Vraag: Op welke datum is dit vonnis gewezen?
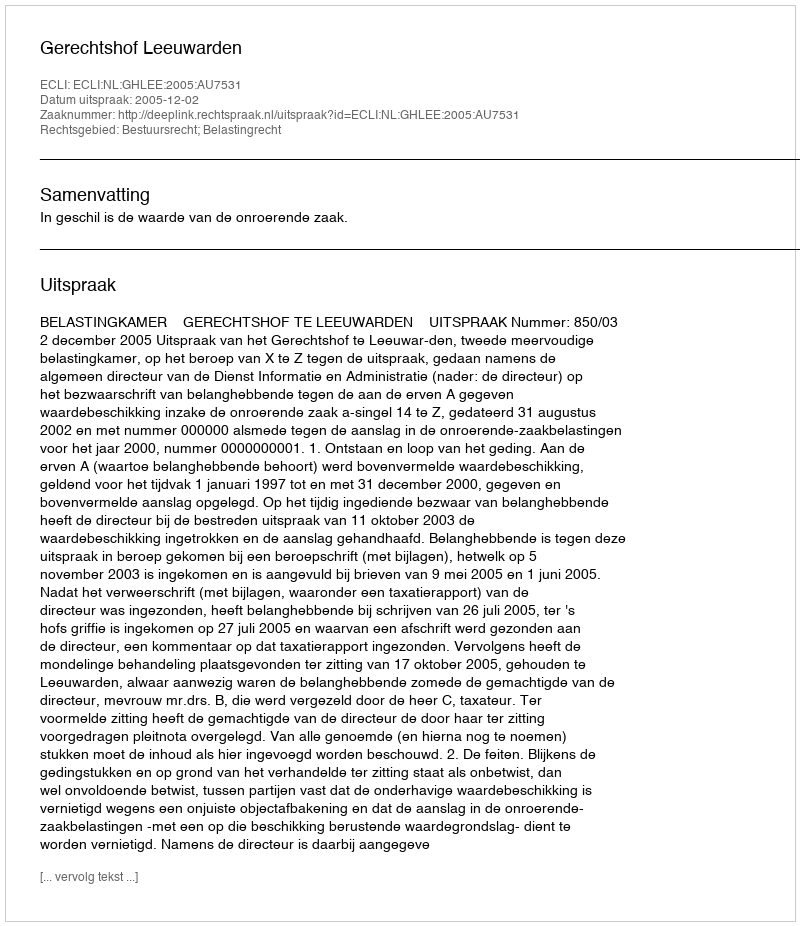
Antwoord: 2005-12-02